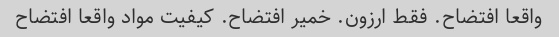
واقعا افتضاح. فقط ارزون. خمیر افتضاح. کیفیت مواد واقعا افتضاح